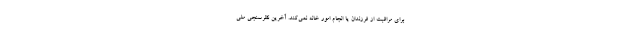
برای مراقبت از فرزندان یا انجام امور خانه نمی‌کند. آخرین نظرسنجی ملی